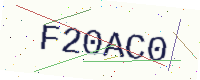
Text: F20AC0